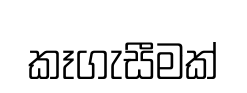
කෑගැසීමක්